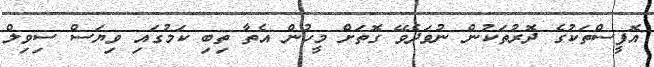
އޮފީސްތަކުގެ ދޮރުތަކުން ނުވަދެވޭ ގޮތަށް މީހުން އެތާ ތިބި ކަމުގައި ވިޔަސް ސިވިލް